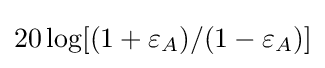
20\log[(1+\varepsilon _{A})/(1-\varepsilon _{A})]